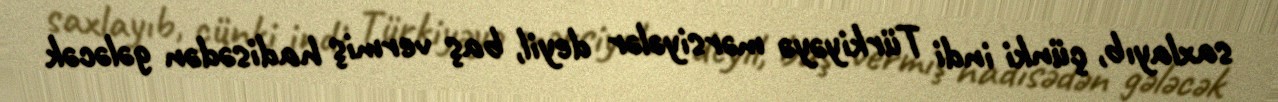
saxlayıb, çünki indi Türkiyəyə mərsiyələr deyil, baş vermiş hadisədən gələcək